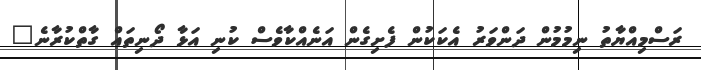
ރަސްމިއްޔާތު ނިމުމުން ދަންވަރު އެކަކުން ފެށިގެން އަނެއްކާވެސް ކުނި އަޅާ ދޯނިތައް ގާތްކުރާނެ"